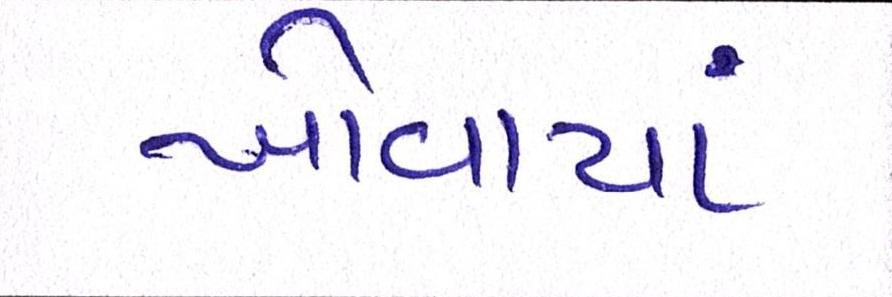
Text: ખોવાયાં